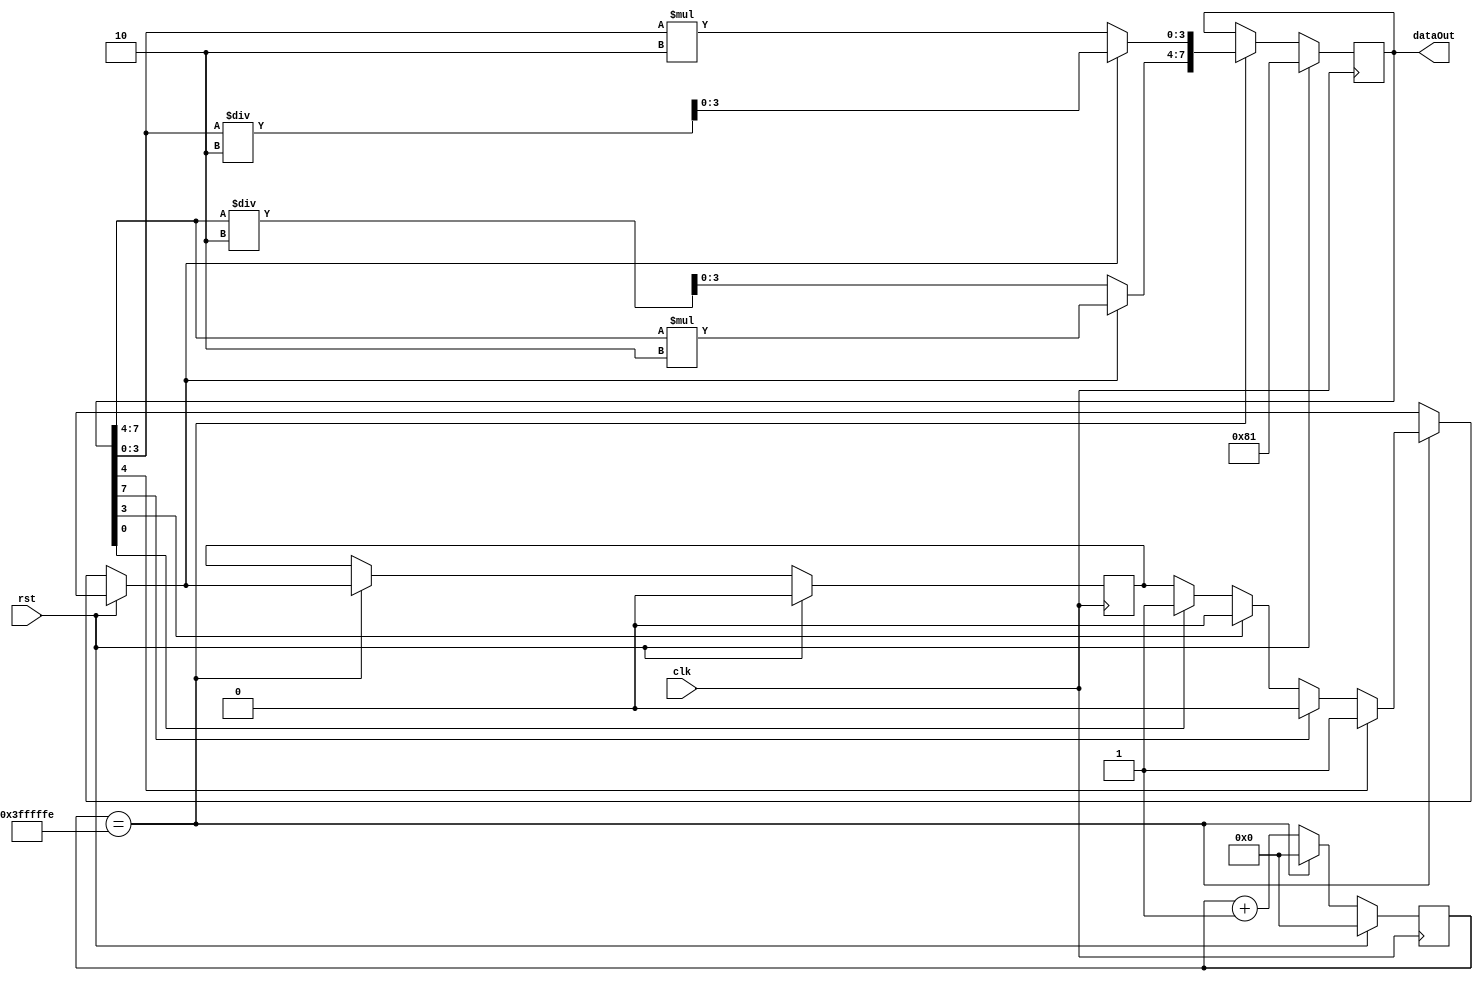
module knightRider(clk, rst, dataOut);

input clk, rst;
output reg [7:0] dataOut;
reg [25:0] counter, counterNext;
reg [ 7:0] dataOutNext;
reg  flag,flagNext;

parameter COUNT = 26'h3FFFFFF;

// registers
always @(posedge clk) begin
	counter <=  counterNext;
	dataOut <=  dataOutNext;
	flag <=  flagNext;
end

always @(*) begin
	dataOutNext = dataOut;
	counterNext = counter;
	flagNext = flag;
	if(rst) begin
		//WRITE YOUR CODE HERE
		dataOutNext = 8'b10000001;
		counterNext = 0;
		flagNext=0;


	end
	else if(counter == COUNT -1) begin
		//WRITE YOUR CODE HERE
		counterNext=0;
		if(dataOut[0]==1)begin
			flagNext=1;
		end
		if(dataOut[3]==1)begin
			flagNext=0;
		end
		if(dataOut[7]==1)begin
			flagNext=0;
		end
		if(dataOut[4]==1)begin
			flagNext=1;
		end
		if(flagNext==0)begin
			dataOutNext [7:4]=dataOut[7:4]/2;
			dataOutNext [3:0]=dataOut[3:0]*2;
			counterNext=0;
		end
		else begin
			dataOutNext [7:4]=dataOut[7:4]*2;
			dataOutNext [3:0]=dataOut[3:0]/2;
			
			counterNext=0;
		end

	end
	else begin
		dataOutNext=dataOut;
		counterNext = counter +1;
	end
end

endmodule